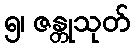
၅၊ ဇန္တုသုတ်